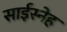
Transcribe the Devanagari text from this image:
साईस्नेह